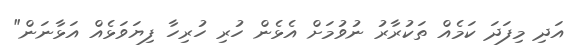
އަދި މިފަދަ ކަމެއް ތަކުރާރު ނުވުމަށް އެޅެން ހުރި ހުރިހާ ފިޔަވަޅެއް އަޅާނަން"